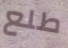
طلع